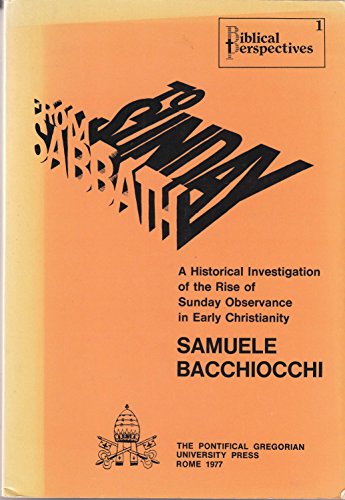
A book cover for From Sabbath to Sunday: A Historical Investigation of the Rise of Sunday Observance in Early Christianity (Biblical Perspectives 1); Samuele Bacchiocchi; Religion & Spirituality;